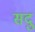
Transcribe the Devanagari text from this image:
सदु